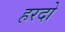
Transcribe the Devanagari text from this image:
हरदो